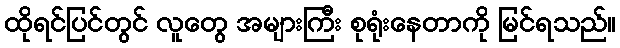
ထိုရင်ပြင်တွင် လူတွေ အများကြီး စုရုံးနေတာကို မြင်ရသည်။